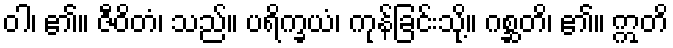
ဝါ၊ ၏။ ဇီဝိတံ၊ သည်။ ပရိက္ခယံ၊ ကုန်ခြင်းသို့။ ဂစ္ဆတိ၊ ၏။ ဣတိ